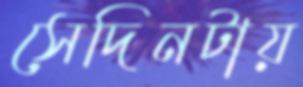
সেদিনটায়